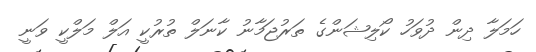
ހަމަލާ ދިން ދުވަހު ކޯލިޝަންގެ ތަރުޖަމާނު ކާނަލް ތުރުކީ އަލް މަލްކީ ވަނީ